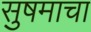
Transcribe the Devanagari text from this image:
सुषमाचा